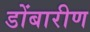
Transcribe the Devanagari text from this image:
डोंबारीण